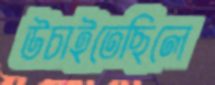
উচাইতেছিলে